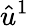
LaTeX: \hat{u}^{1}